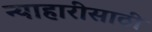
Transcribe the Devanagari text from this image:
न्याहारीसाठी